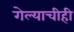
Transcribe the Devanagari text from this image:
गेल्याचीही